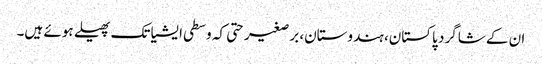
ان کے شاگرد پاکستان، ہندوستان، برصغیر حتی کہ وسطی ایشیا تک پھیلے ہوئے ہیں۔